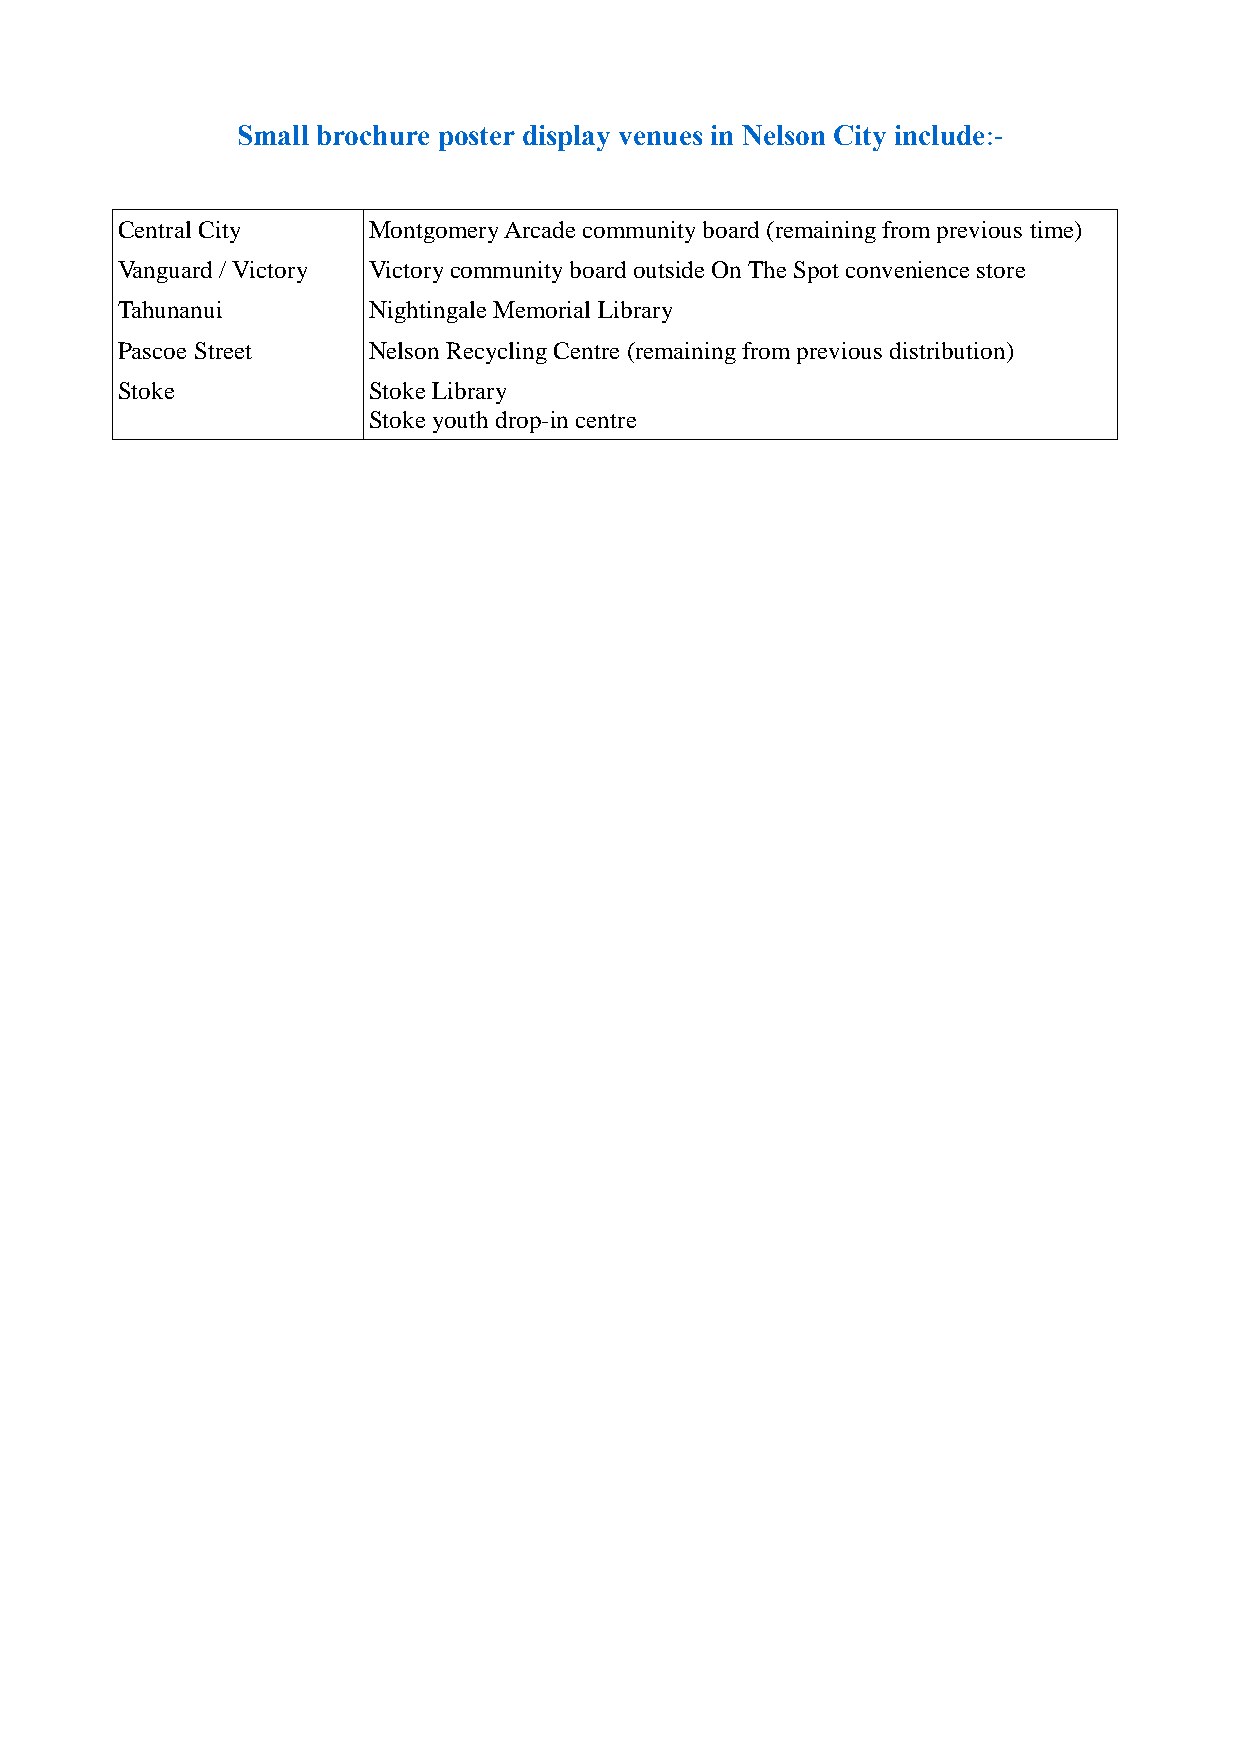
Small brochure poster display venues in Nelson City include:-
 Central City    Montgomery Arcade community board (remaining from previous time)
 Vanguard / Victory Victory community board outside On The Spot convenience store
 Tahunanui       Nightingale Memorial Library
 Pascoe Street   Nelson Recycling Centre (remaining from previous distribution)
 Stoke           Stoke Library
 Stoke youth drop-in centre